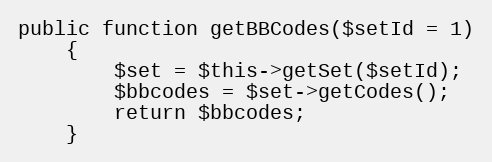
Language: PHP
public function getBBCodes($setId = 1)
    {
        $set = $this->getSet($setId);
        $bbcodes = $set->getCodes();
        return $bbcodes;
    }